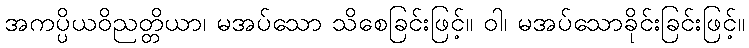
အကပ္ပိယဝိညတ္တိယာ၊ မအပ်သော သိစေခြင်းဖြင့်။ ဝါ၊ မအပ်သောခိုင်းခြင်းဖြင့်။